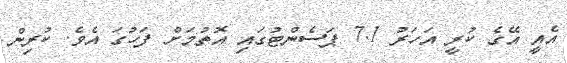
އެއީ އޭގެ ކުރީ އަހަރު 7.1 ޕަސެންޓުގައި އޮތުމަށް ފަހުގަ އެވެ. ކުރިން